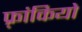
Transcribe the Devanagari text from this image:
फ़्रांकियो